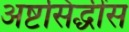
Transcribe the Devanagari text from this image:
अष्टसिद्धींस